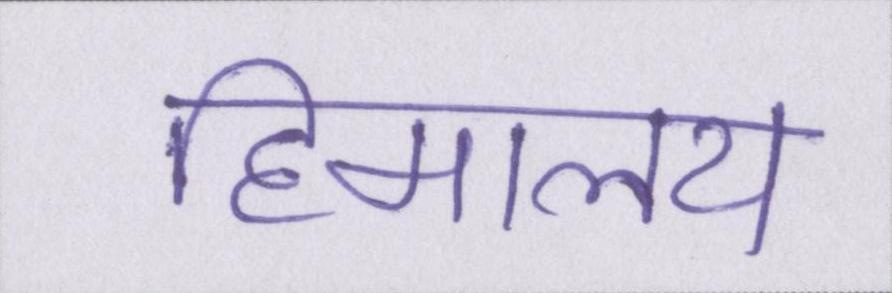
हिमालय